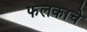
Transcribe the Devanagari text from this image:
फलकाचे